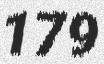
179